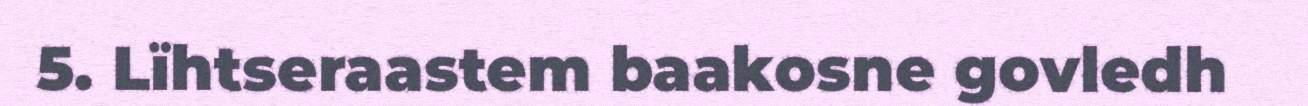
5. Lïhtseraastem baakosne govledh